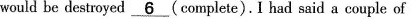
would be destroyed 6___ (complete).I had said a couple of